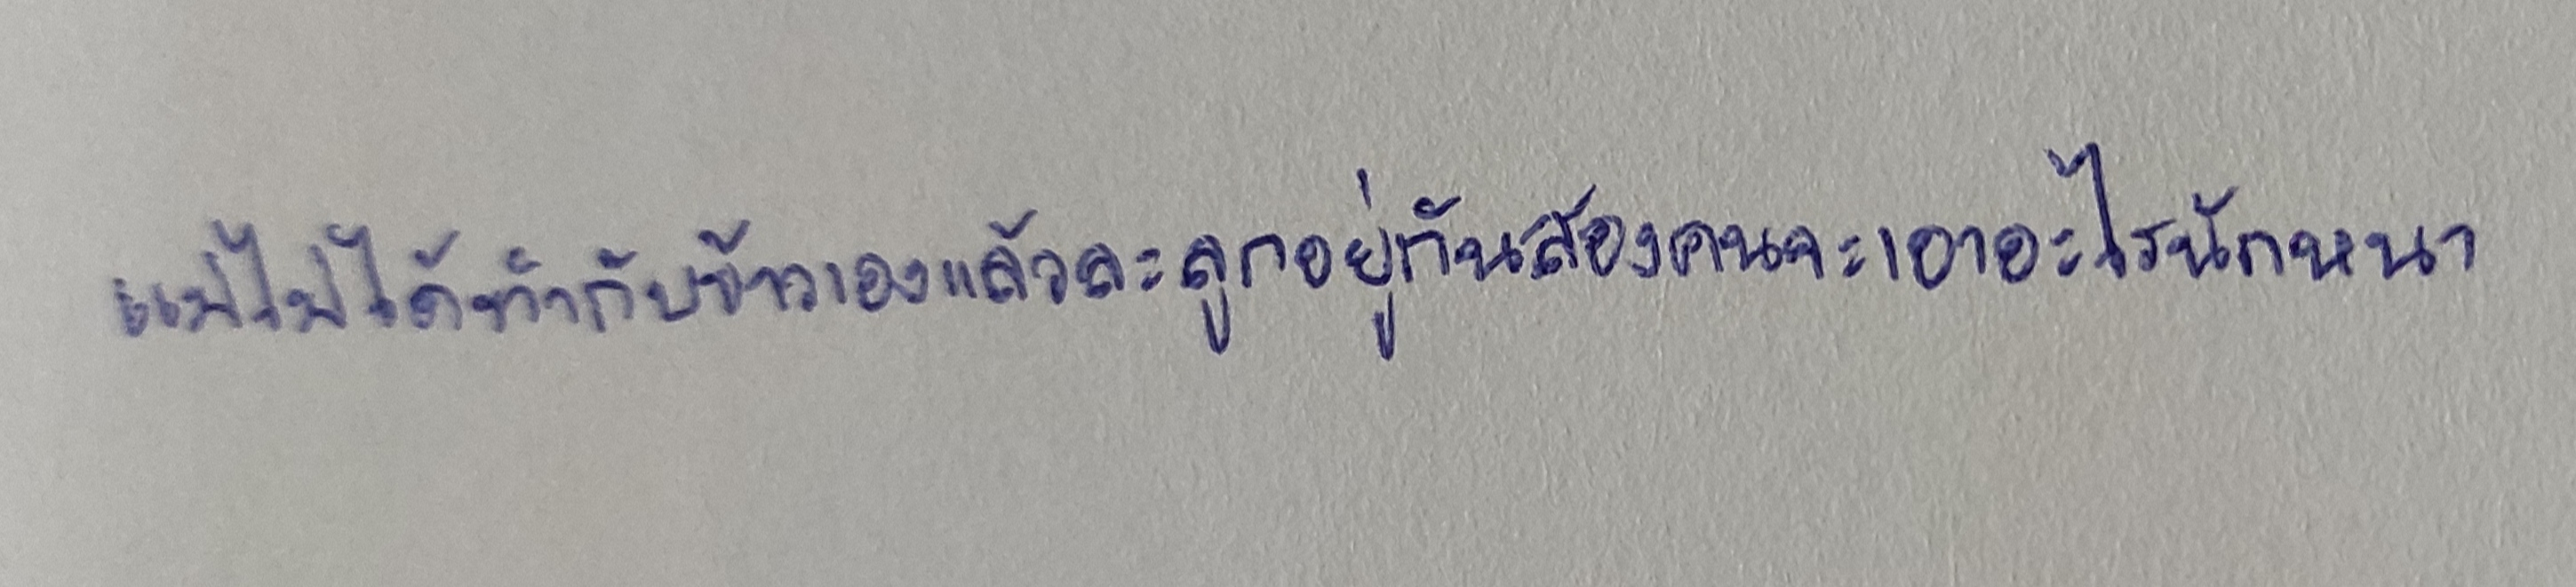
แม่ไม่ได้ทำกับข้าวเองแล้วละลูกอยู่กันสองคนจะเอาอะไรนักหนา